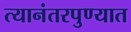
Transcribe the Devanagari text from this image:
त्यानंतरपुण्यात